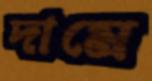
দামে